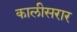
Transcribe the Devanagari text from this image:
कालीसरार